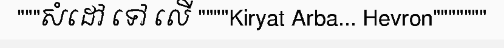
"""សំដៅ ទៅ លើ """"Kiryat Arba... Hevron"""""""